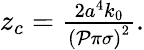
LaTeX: \begin{array}{r}{z_{c}=\frac{2a^{4}k_{0}}{\left(\mathcal{P}\pi\sigma\right)^{2}}.}\end{array}